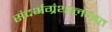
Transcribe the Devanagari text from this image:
संदर्भग्रंथालयात